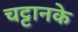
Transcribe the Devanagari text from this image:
चट्टानके